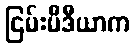
ငြမ်းမီဒီယာက